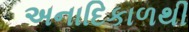
અનાદિકાળથી